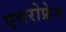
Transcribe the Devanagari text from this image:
एयरोफ्रेम